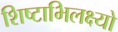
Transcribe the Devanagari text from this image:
शिष्टाभिलक्ष्यो